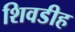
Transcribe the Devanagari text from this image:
शिवडीह